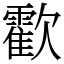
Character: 㱋